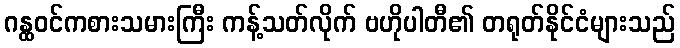
ဂန္ထဝင်ကစားသမားကြီး ကန့်သတ်လိုက် ဗဟိုပါတီ၏ တရုတ်နိုင်ငံများသည်